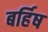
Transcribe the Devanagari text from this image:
बर्हिष